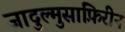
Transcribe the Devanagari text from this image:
जादुल्मुसाफ़िरीन